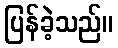
ပြန်ခဲ့သည်။